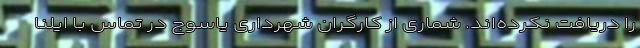
را دریافت نکرده‌اند. شماری از کارگران شهرداری یاسوج در تماس با ایلنا